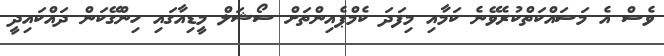
ވެސް އެ މަސައްކަތްކުރެވޭނެ ކަމާއި މިފަދަ ކެމްޕެއިންތަށް ސޯޝަލް މީޑިއާގައި ހިންގޭކަން ދައްކައިދީ